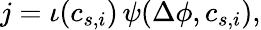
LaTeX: j=\iota(c_{s,i})\, \psi(\Delta\phi,c_{s,i}),